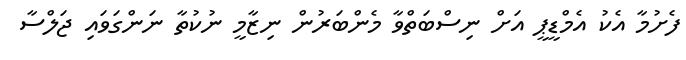
ފެށުމާ އެކު އެމްޑީޕީ އަށް ނިސްބަތްވާ މެންބަރުން ނިޒާމީ ނުކުތާ ނަންގަވައި ޖަލްސާ